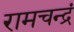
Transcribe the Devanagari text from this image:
रामचन्द्रं